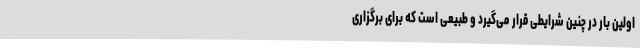
اولین بار در چنین شرایطی قرار می‌گیرد و طبیعی است که برای برگزاری